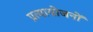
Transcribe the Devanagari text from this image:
प्रत्यायोजनों